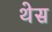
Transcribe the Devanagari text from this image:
थेस